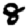
Digit: 8